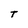
Character: t